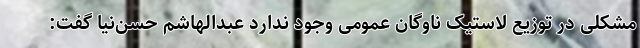
مشکلی در توزیع لاستیک ناوگان عمومی وجود ندارد عبدالهاشم حسن‌نیا گفت: